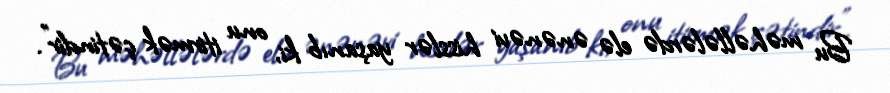
Bu məhəllələrdə elə ənənəvi hisslər yaşanıb ki, onu itirmək çətindir”.